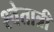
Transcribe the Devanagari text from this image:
श्वेतात्री